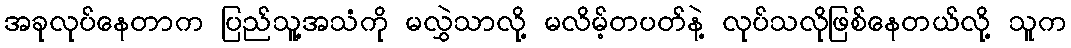
အခုလုပ်နေတာက ပြည်သူ့အသံကို မလွှဲသာလို့ မလိမ့်တပတ်နဲ့ လုပ်သလိုဖြစ်နေတယ်လို့ သူက